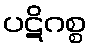
ပဋိဂစ္စ